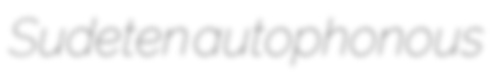
Sudeten autophonous